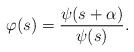
LaTeX: \begin{align*}\varphi(s) = \frac{\psi(s + \alpha)}{\psi(s)}. \end{align*}